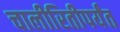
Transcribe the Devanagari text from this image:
चालीरितीपर्यंत